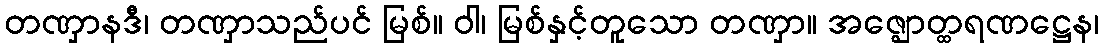
တဏှာနဒီ၊ တဏှာသည်ပင် မြစ်။ ဝါ၊ မြစ်နှင့်တူသော တဏှာ။ အဇ္ဈောတ္ထရဏဋ္ဌေန၊